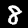
Label: 8